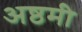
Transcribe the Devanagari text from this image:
अष्ठमी